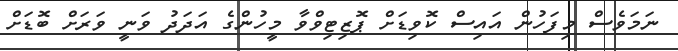
ނަަމަވެސް މިފަހުން އައިސް ކޮވިޑަށް ޕޮޒިޓިވްވާ މީހުންގެ އަދަދު ވަނީ ވަަރަށް ބޮޑަށް